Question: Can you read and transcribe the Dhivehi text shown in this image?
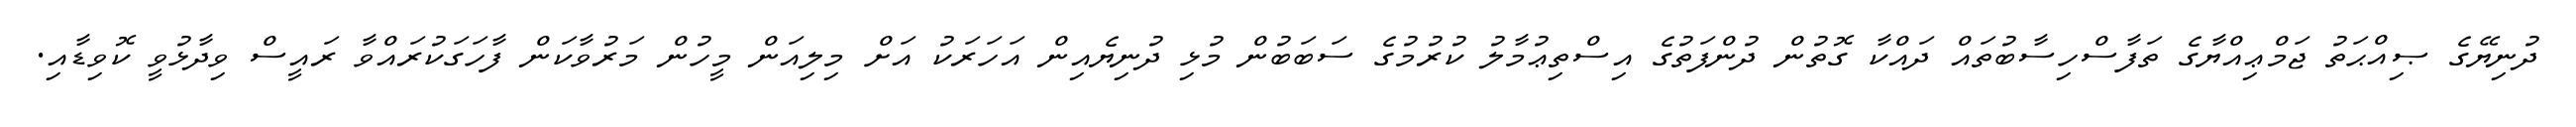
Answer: ދުނިޔޭގެ ޞިއްޙަތު ޖަމްޢިއްޔާގެ ތަފާސްހިސާބުތައް ދައްކާ ގޮތުން ދުންފަތުގެ އިސްތިޢުމާލު ކުރުމުގެ ސަބަބުން މުޅި ދުނިޔެއިން އަހަރަކު އަށް މިލިއަން މީހުން މަރުވާކަން ފާހަގަކުރައްވާ ރައީސް ވިދާޅުވީ ކޮވިޑާއި.